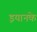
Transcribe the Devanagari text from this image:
इयानके